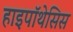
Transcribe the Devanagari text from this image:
हाइपॉथेसिस